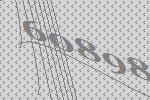
60898